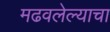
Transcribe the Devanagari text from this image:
मढवलेल्याचा